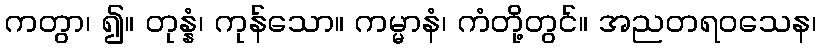
ကတွာ၊ ၍။ တုန္နံ၊ ကုန်သော။ ကမ္မာနံ၊ ကံတို့တွင်။ အညတရဝသေန၊